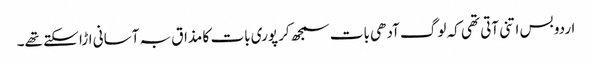
اردو بس اتنی آتی تھی کہ لوگ آدھی بات سمجھ کر پوری بات کا مذاق بہ آسانی اڑا سکتے تھے۔